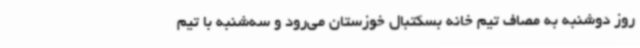
روز دوشنبه به مصاف تیم خانه بسکتبال خوزستان می‌رود و سه‌شنبه با تیم